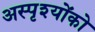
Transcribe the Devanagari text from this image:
अस्पृश्योंको